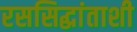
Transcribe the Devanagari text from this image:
रससिद्धांताशी